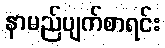
နာမည်ပျက်စာရင်း